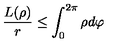
\frac { L ( \rho ) } { r } \leq \int _ { 0 } ^ { 2 \pi } \rho d \varphi